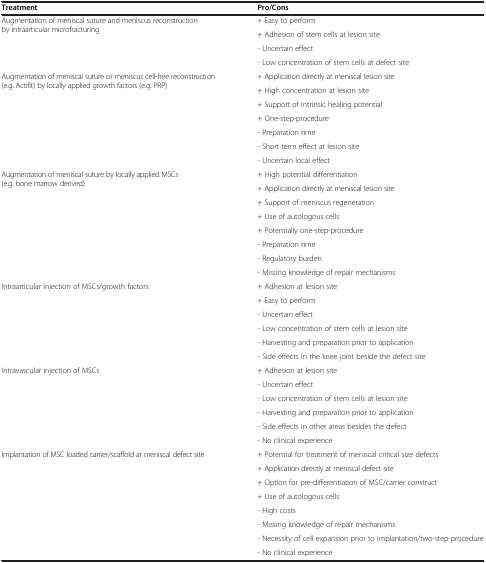
| Treatment | Pro/Cons |
 | --- | --- |
 | <ROWSPAN=4> Augmentation of meniscal suture and meniscus reconstruction by intraarticular microfracturing | + Easy to perform |
 | + Adhesion of stem cells at lesion site |
 | - Uncertain effect |
 | - Low concentration of stem cells at defect site |
 | <ROWSPAN=7> Augmentation of meniscal suture or meniscus cell-free reconstruction (e.g. Actifit) by locally applied growth factors (e.g. PRP) | + Application directly at meniscal lesion site |
 | + High concentration at lesion site |
 | + Support of intrinsic healing potential |
 | + One-step-procedure |
 | - Preparation time |
 | - Short term effect at lesion site |
 | - Uncertain local effect |
 | <ROWSPAN=8> Augmentation of meniscal suture by locally applied MSCs (e.g. bone marrow derived) | + High potential differentiation |
 | + Application directly at meniscal lesion site |
 | + Support of meniscus regeneration |
 | + Use of autologous cells |
 | + Potentially one-step-procedure |
 | - Preparation time |
 | - Regulatory burden |
 | - Missing knowledge of repair mechanisms |
 | <ROWSPAN=6> Intraarticular injection of MSCs/growth factors | + Adhesion at lesion site |
 | + Easy to perform |
 | - Uncertain effect |
 | - Low concentration of stem cells at lesion site |
 | - Harvesting and preparation prior to application |
 | - Side effects in the knee joint beside the defect site |
 | <ROWSPAN=6> Intravascular injection of MSCs | + Adhesion at lesion site |
 | - Uncertain effect |
 | - Low concentration of stem cells at lesion site |
 | - Harvesting and preparation prior to application |
 | - Side effects in other areas besides the defect |
 | - No clinical experience |
 | <ROWSPAN=8> Implantation of MSC loaded carrier/scaffold at meniscal defect site | + Potential for treatment of meniscal critical size defects |
 | + Application directly at meniscal defect site |
 | + Option for pre-differentiation of MSC/carrier construct |
 | + Use of autologous cells |
 | - High costs |
 | - Missing knowledge of repair mechanisms |
 | - Necessity of cell expansion prior to implantation/two-step-procedure |
 | - No clinical experience |